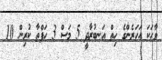
ވާހަކަ އަހަރެންގެ ހިތް އަނބުރާދީ 5 މަސް 3 ހަފްތާ ކުރިން 10